kultuurilooline_kollektsioon, lk 3
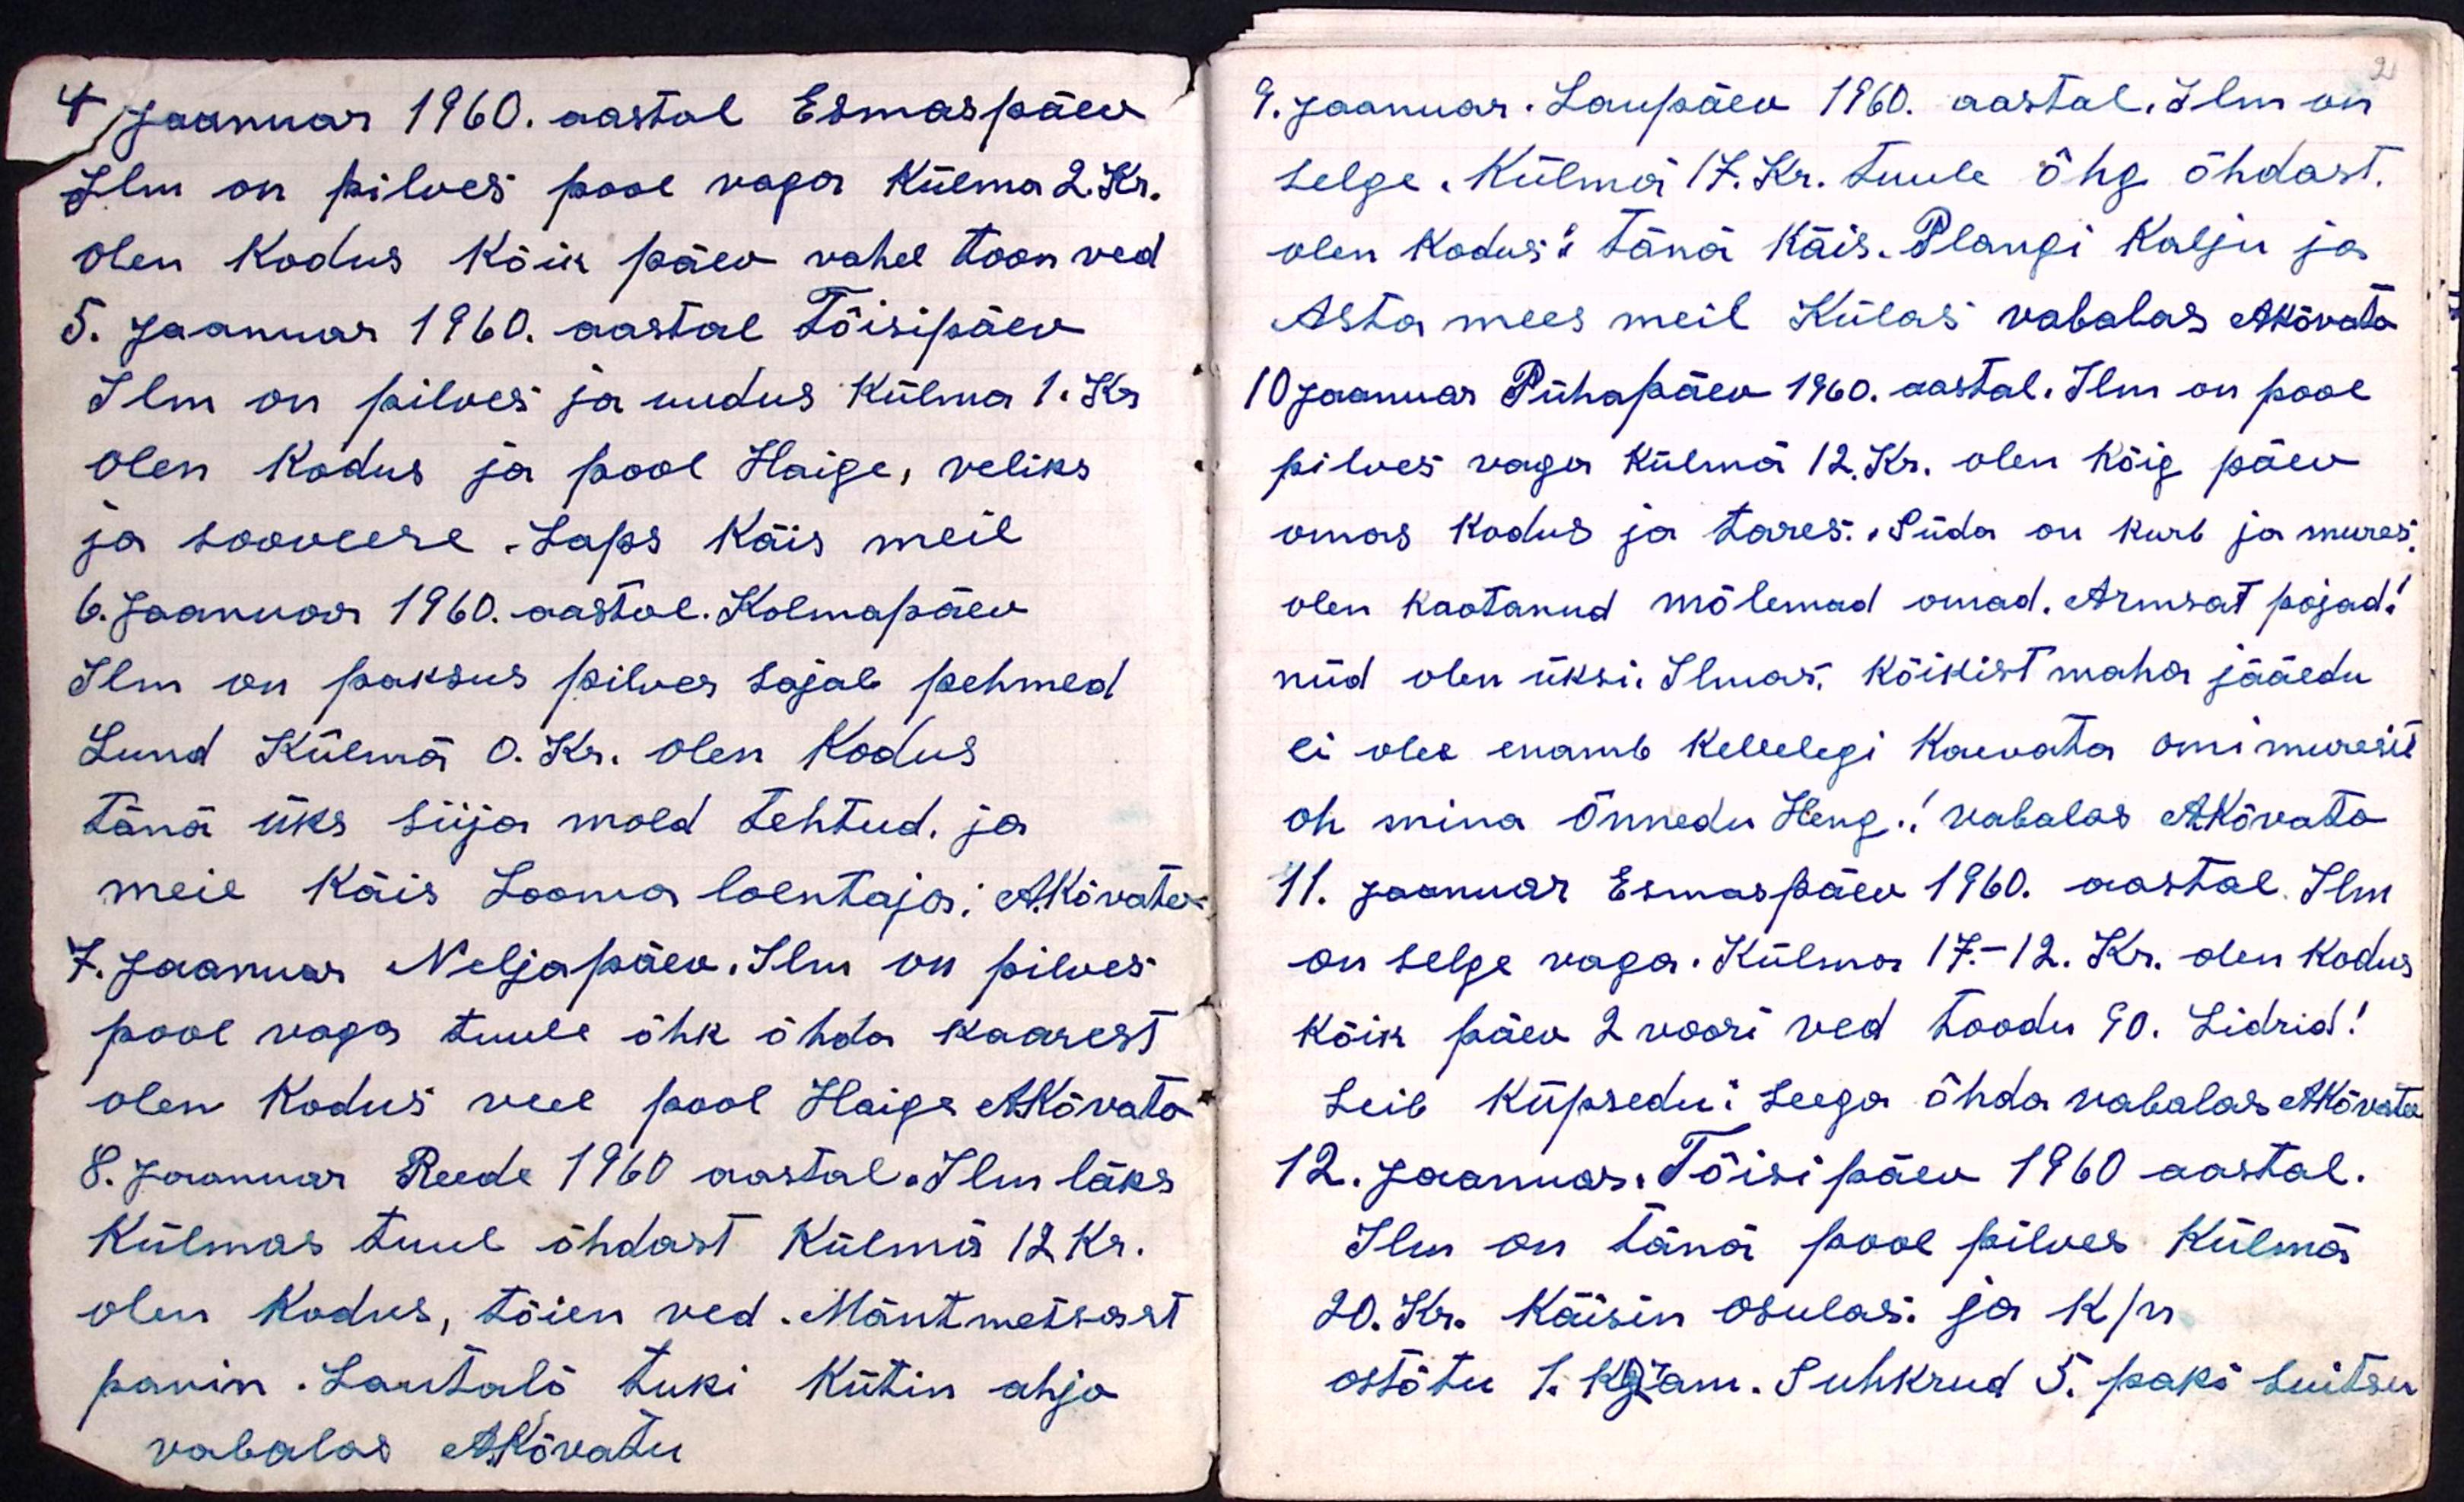
4 Jaanuar 1960. aastal Esmaspäev
Ilm on pilves pool vaga Külma 2. Kr.
Olen Kodus Kõik päev vahel toon ved
5. Jaanuar 1960. aastal Tõisipäev
Ilm on pilves ja uudus Külma 1. Kr
Olen Kodus ja pool Haige, veliks
ja sooveere. Laps Käis meil
6. Jaanuar 1960. aastal. Kolmapäev
Ilm on paksus pilves sajab pehmed
Lund Külmä 0. Kr. olen Kodus
Tänä üks sija mold tehtud. ja
meie käis Looma loentaja: AKõvato
7. Jaanuar Neljapäev. Ilm on pilves
pool vaga tuule õhk õhda kaarest
olen Kodus veel pool Haige A.Kõvato
8. Jaanuar Reede 1960 aastal. Ilm läks
Külmas tuul õhdast Külma 12 Kr.
olen Kodus, tõien ved. Mäntmetsast
panin. Lantalo tuki kütin ahjo
vabalas A.Kõvatu

2
9. Jaanuar. Laupäev 1960. aastal. Ilm on
selge. Külma 17. Kr. tuule õhg õhdast.
olen Kodus: tänä käis. Plangi Kalju ja
Asta mees meil Külas vabalas A.Kõvato
10 Jaanuar Pühapäev 1960. aastal. Ilm on pool
pilves vaga külmä 12. Kr. olen Kõig päev
omas kodus ja tares. Süda on kurb ja mures
olen kaotanud mõlemad omad. Armsat pojad!
nüd olen üksi. Ilmas. Kõikist maha jääedu
ei oles enamb kellelegi kaevata omi muresit
oh mina Õnnedu Heng.! vabalas AKõvato
11. Jaanuar, Esmaspäev 1960. aastal. Ilm
on selge vaga. Külma 17.-12. Kr. olen kodus
Kõik päev 2 voori ved toodu 90. Lidrid!
Leib Küpsedu: Leega õhda vabalas AKõvato
12. Jaanuar, Tõisipäev 1960 aastal.
Ilm on täna pool pilves Külma
20. Kr. Käisin Osulas: ja k/n
ostõtu 1. Krram. Suhkrud 5. paki suitsu